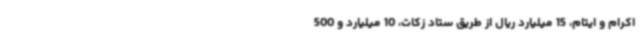
اکرام و ایتام، 15 میلیارد ریال از طریق ستاد زکات، 10 میلیارد و 500